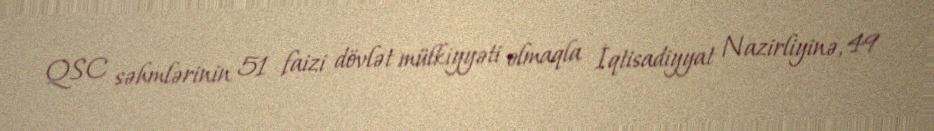
QSC səhmlərinin 51 faizi dövlət mülkiyyəti olmaqla İqtisadiyyat Nazirliyinə, 49